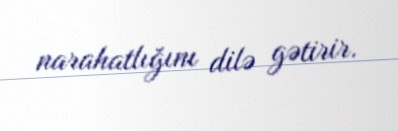
narahatlığını dilə gətirir.